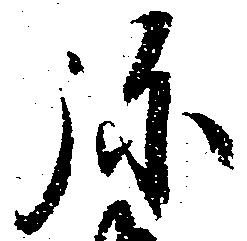
弥